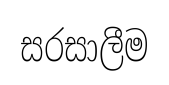
සරසාලීම